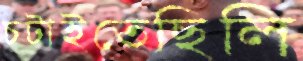
চটাইতেছিলি